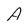
Character: A